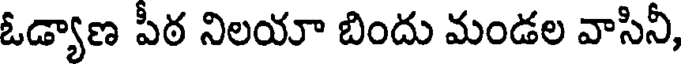
ఓడ్యాణ పీఠ నిలయా బిందు మండల వాసినీ,